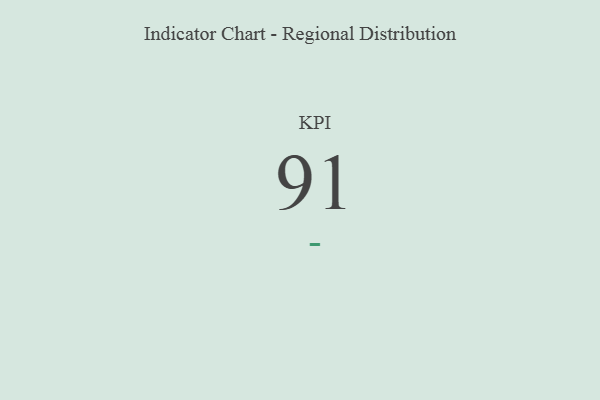
{"axis": {"x": "KPI", "y": "Value"}, "legend": [""], "data": [{"x": "KPI", "y": 91, "type": ""}]}